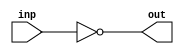
`timescale 1ns/1ns
module Inverter( input inp, output out);

	not #(5,7) (out,inp);
endmodule